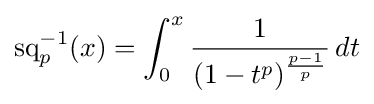
\operatorname {sq} _{p}^{-1}(x)=\int _{0}^{x}{\frac {1}{(1-t^{p})^{\frac {p-1}{p}}}}\,dt